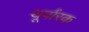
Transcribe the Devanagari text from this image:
थूर्पारक